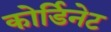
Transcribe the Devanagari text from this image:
कोर्डिनेट